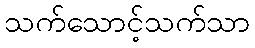
သက်သောင့်သက်သာ